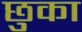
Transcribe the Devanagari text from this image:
छुका